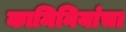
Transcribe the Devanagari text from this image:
कामिनियांचा